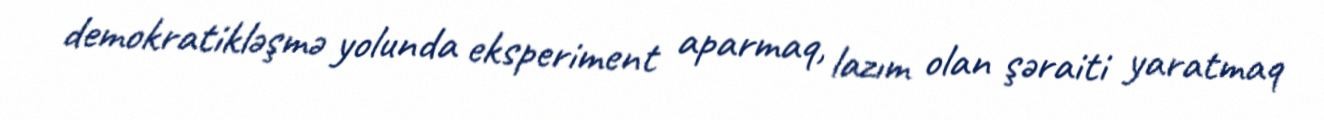
demokratikləşmə yolunda eksperiment aparmaq, lazım olan şəraiti yaratmaq